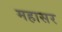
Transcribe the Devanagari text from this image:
महासर